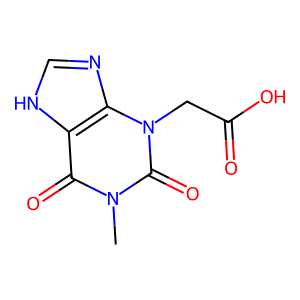
SMILES: Cn1c(=O)c2[nH]cnc2n(CC(=O)O)c1=O
Inhibits HIV replication: No